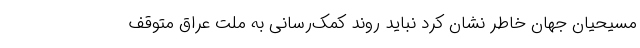
مسیحیان جهان خاطر نشان کرد نباید روند کمک‌رسانی به ملت عراق متوقف